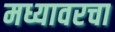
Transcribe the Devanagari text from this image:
मध्यावरचा